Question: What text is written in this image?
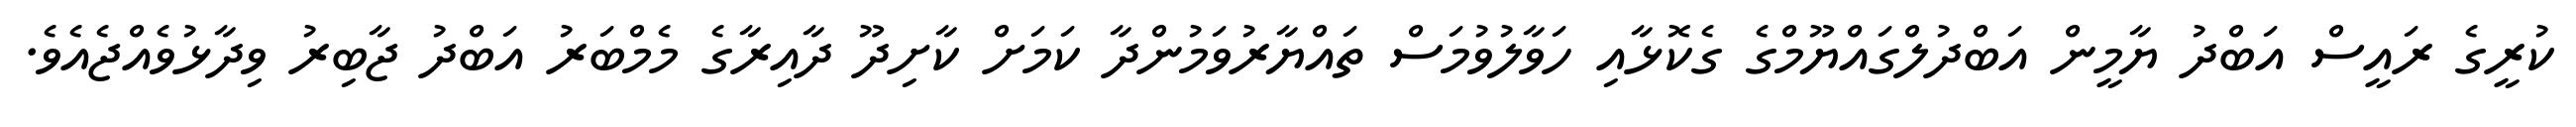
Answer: ކުރީގެ ރައީސް އަބްދު ޔާމީން އަބްދުލްގައްޔޫމްގެ ގެކޮޅާއި ހަވާލުވުމަސް ތައްޔާރުވަމުންދާ ކަމަށް ކާށިދޫ ދާއިރާގެ މެމްބަރު އަބްދު ޖާބިރު ވިދާޅުވެއްޖެއެވެ.